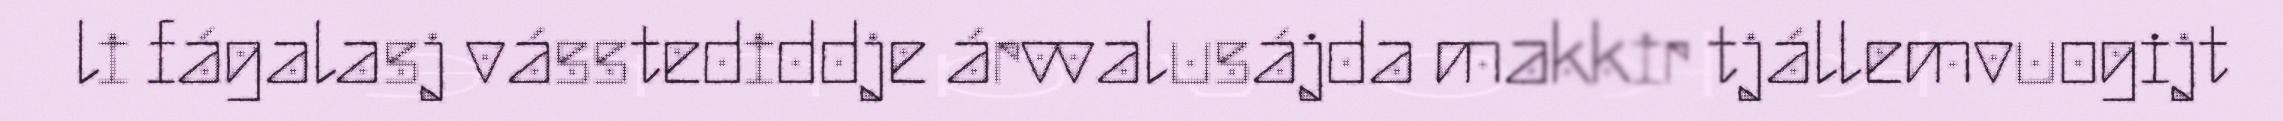
li fágalasj vásstediddje árvvalusájda makkir tjállemvuogijt